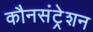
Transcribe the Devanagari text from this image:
कौनसंट्रेशन